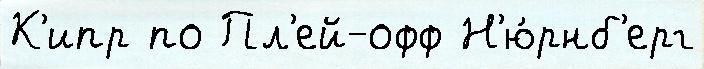
К'ипр по Пл'ей-офф Н'ю́рнб'ерг